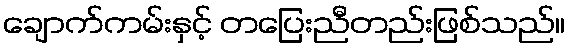
ချောက်ကမ်းနှင့် တပြေးညီတည်းဖြစ်သည်။